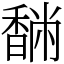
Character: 䭱